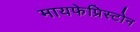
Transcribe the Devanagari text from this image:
मायफेप्रिस्टोन